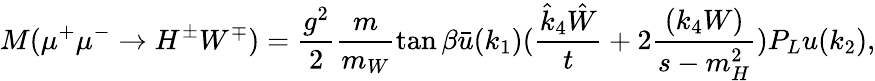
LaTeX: M(\mu^{+}\mu^{-}\rightarrow H^{\pm}W^{\mp})=\frac{g^{2}}{2}\frac{m}{m_{W}}\tan\beta\bar{u}(k_{1})(\frac{\hat{k}_{4}\hat{W}}{t}+2\frac{(k_{4}W)}{s-m_{H}^{2}})P_{L}u(k_{2}),